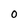
Character: 0